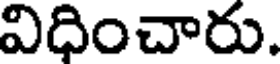
విధించారు.